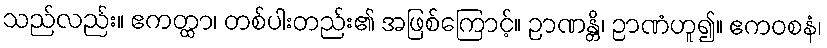
သည်လည်း။ ဧကတ္ထာ၊ တစ်ပါးတည်း၏ အဖြစ်ကြောင့်။ ဉာဏန္တိ၊ ဉာဏံဟူ၍။ ဧကဝစနံ၊